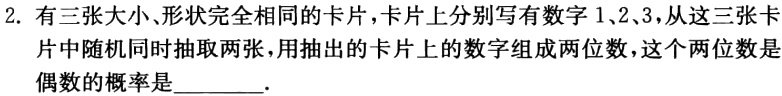
2. 有三张大小、形状完全相同的卡片，卡片上分别写有数字\(1\)、\(2\)、\(3\)，从这三张卡片中随机同时抽取两张，用抽出的卡片上的数字组成两位数，这个两位数是偶数的概率是_________.